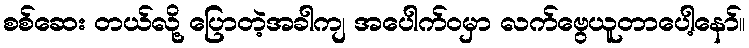
စစ်ဆေး တယ်လို့ ပြောတဲ့အခါကျ အပေါက်ဝမှာ လက်ဗွေယူတာပေါ့နော်။